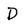
Character: D